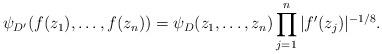
LaTeX: \begin{align*}\psi_{D'}(f(z_1),\ldots,f(z_n)) = \psi_D(z_1,\ldots,z_n) \prod_{j=1}^n |f'(z_j)|^{-1/8}.\end{align*}